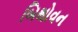
બિથોવન